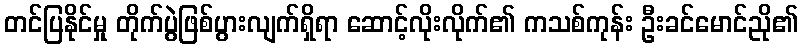
တင်ပြနိုင်မှု တိုက်ပွဲဖြစ်ပွားလျက်ရှိရာ ဆောင့်လိုးလိုက်၏ ကသစ်ကုန်း ဦးခင်မောင်ညို၏